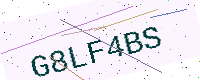
Text: G8LF4BS